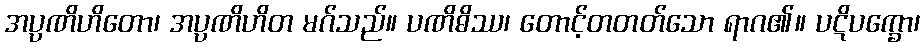
အပ္ပဏိဟိတော၊ အပ္ပဏိဟိတ မဂ်သည်။ ပဏိဓိဿ၊ တောင့်တတတ်သော ရာဂ၏။ ပဋိပက္ခော၊